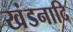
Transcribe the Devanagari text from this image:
खंडनादि